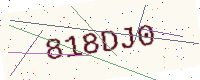
Text: 818DJ0